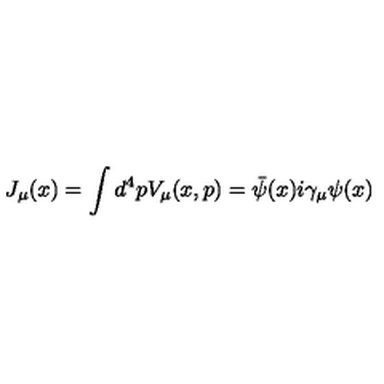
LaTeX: J _ { \mu } ( x ) = \int d ^ { 4 } p V _ { \mu } ( x , p ) = { \bar { \psi } } ( x ) i \gamma _ { \mu } \psi ( x )